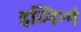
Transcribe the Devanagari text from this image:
इव्निन्गं